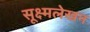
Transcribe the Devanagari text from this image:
सूक्ष्मलेखन